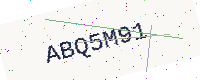
Text: ABQ5M91